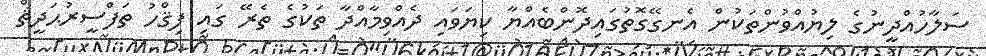
ސަލާހުއްދީނުގެ ލިޔުއްވުންތަކުން އެނގޭގޮތުގައިދޮންބެއްޔާ ކިޔަވައި ދެއްވިމާއްދާ ތަކުގެ ތެރޭ ގައި ފިޤްހު ތަފްސީރުޙަދީޘް